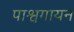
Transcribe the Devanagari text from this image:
पाश्वगायन